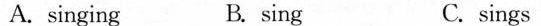
A.singing B.sing C.sings